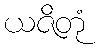
ယဇိတုံ